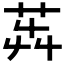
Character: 𦭺